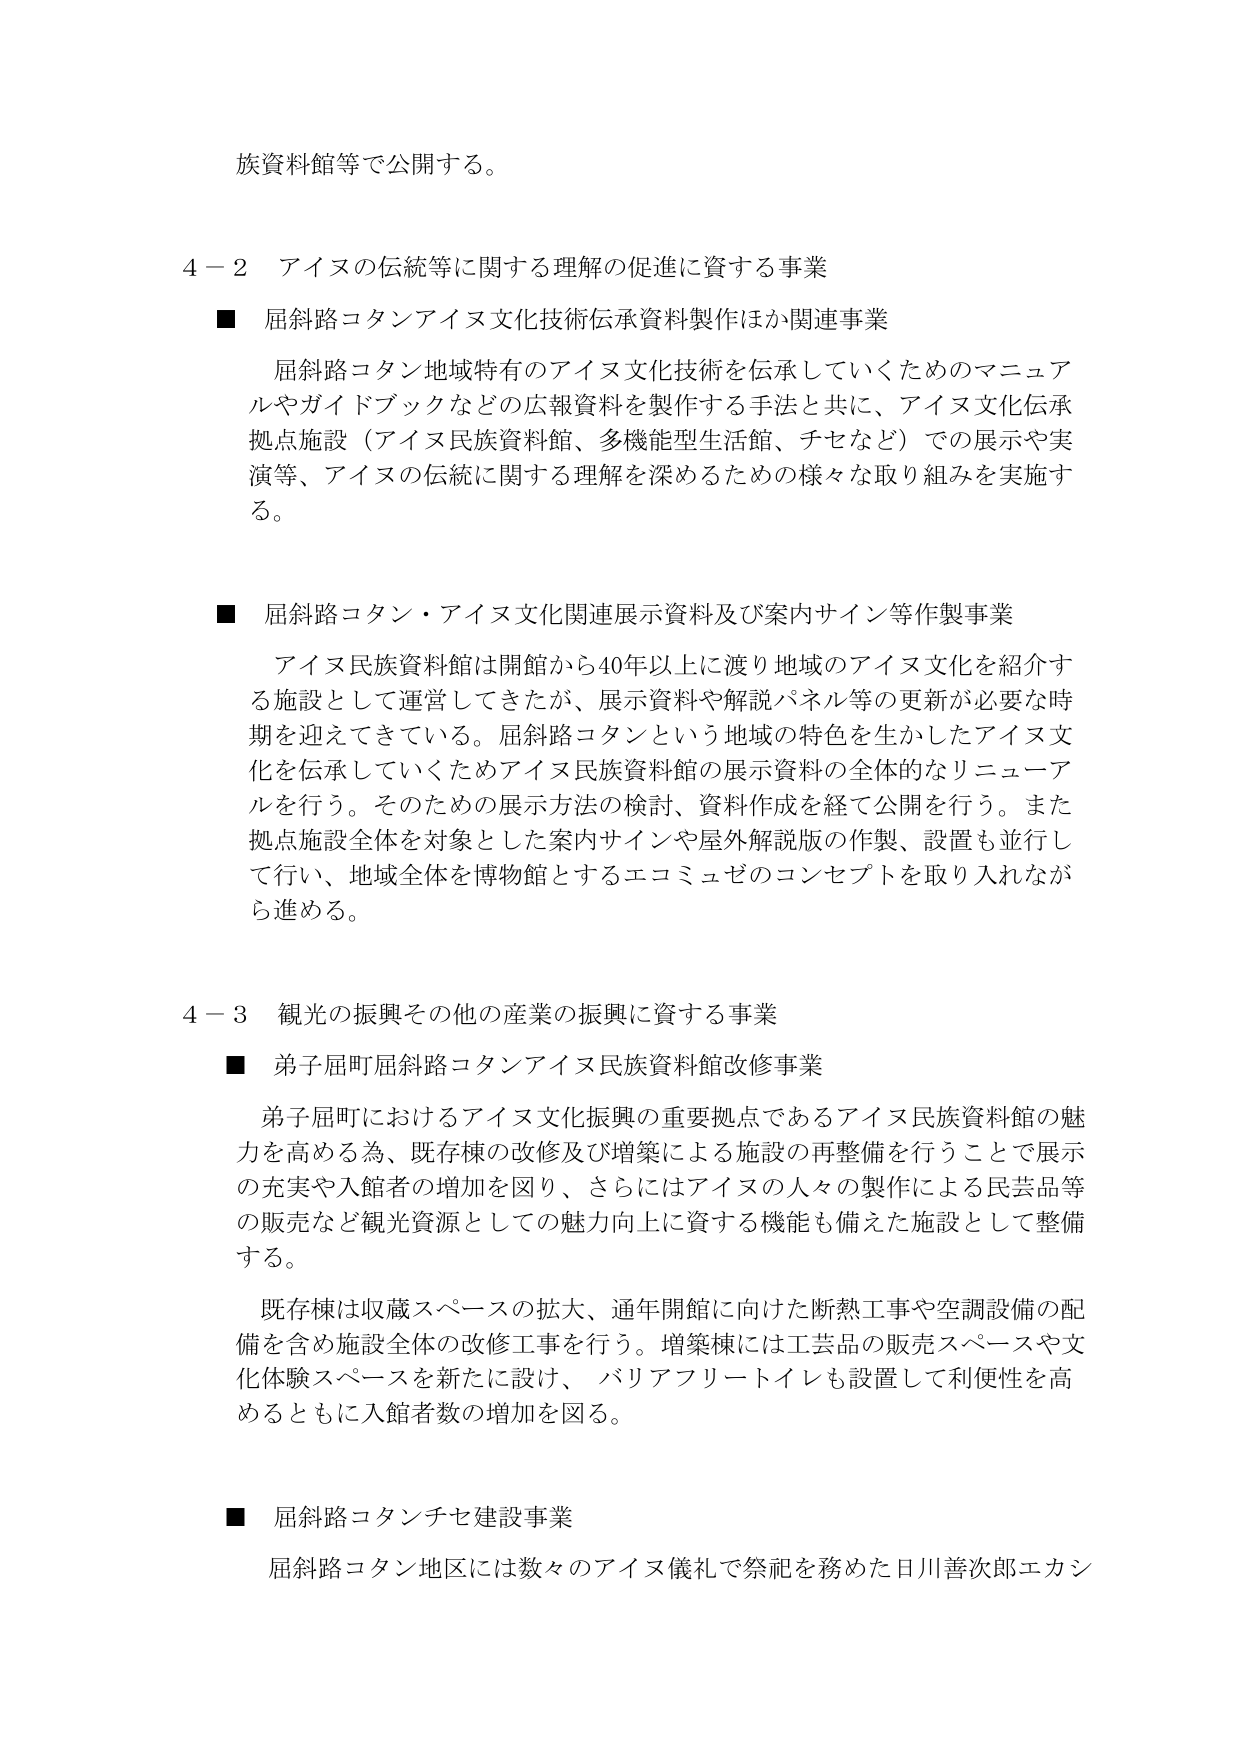
族資料館等で公開する。

４－２ アイヌの伝統等に関する理解の促進に資する事業

■ 屈斜路コタンアイヌ文化技術伝承資料製作ほか関連事業

屈斜路コタン地域特有のアイヌ文化技術を伝承していくためのマニュアルやガイドブックなどの広報資料を製作する手法と共に、アイヌ文化伝承拠点施設（アイヌ民族資料館、多機能型生活館、チセなど）での展示や実演等、アイヌの伝統に関する理解を深めるための様々な取り組みを実施する。

■ 屈斜路コタン・アイヌ文化関連展示資料及び案内サイン等作製事業

アイヌ民族資料館は開館から40年以上に渡り地域のアイヌ文化を紹介する施設として運営してきたが、展示資料や解説パネル等の更新が必要な時期を迎えている。屈斜路コタンという地域の特色を生かしたアイヌ文化を伝承していくためアイヌ民族資料館の展示資料の全体的なリニューアルを行う。そのための展示方法の検討、資料作成を経て公開を行う。また拠点施設全体を対象とした案内サインや屋外解説版の作製、設置も並行して行い、地域全体を博物館とするエコミュゼのコンセプトを取り入れながら進める。

４－３ 観光の振興その他の産業の振興に資する事業

■ 弟子屈町屈斜路コタンアイヌ民族資料館改修事業

弟子屈町におけるアイヌ文化振興の重要拠点であるアイヌ民族資料館の魅力を高める為、既存棟の改修及び増築による施設の再整備を行うことで展示の充実や入館者の増加を図り、さらにはアイヌの人々の製作による民芸品等の販売など観光資源としての魅力向上に資する機能も備えた施設として整備する。

既存棟は収蔵スペースの拡大、通年開館に向けた断熱工事や空調設備の配備を含む施設全体の改修工事を行う。増築棟には工芸品の販売スペースや文化体験スペースを新たに設け、バリアフリートイレも設置して利便性を高めるともに入館者数の増加を図る。

■ 屈斜路コタンチセ建設事業

屈斜路コタン地区には数々のアイヌ儀礼で祭祀を務めた日川善次郎エカシ